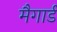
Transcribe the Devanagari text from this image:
मैगार्ड